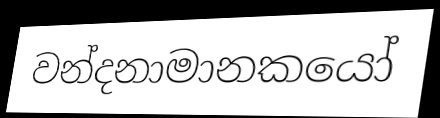
වන්දනාමානකයෝ